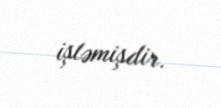
işləmişdir.